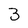
Character: 3